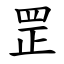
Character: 罡